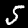
Digit: 5